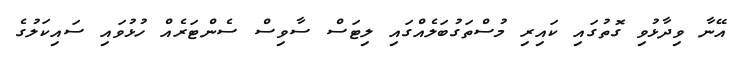
އޭނާ ވިދާޅުވި ގޮތުގައި ކައިރި މުސްތަގުބަލެއްގައި ލިޓަސް ސާވިސް ސެންޓަރެއް ހުޅުވައި ސައިކަލުގެ